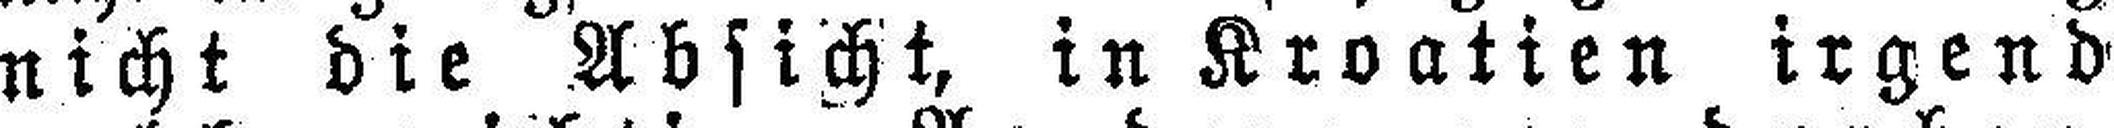
nicht die Absicht, in Kroatien irgend